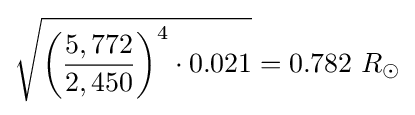
{\sqrt {{\biggl (}{\frac {5,772}{2,450}}{\biggr )}^{4}\cdot 0.021}}=0.782\ R_{\odot }